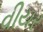
વીયર